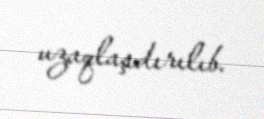
uzaqlaşdırılıb.